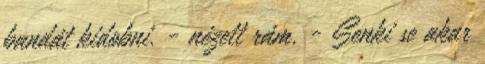
bandát kidobni. - nézett rám. - Senki se akar